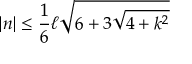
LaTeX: \left| n \right| \leq \frac { 1 } { 6 } \ell \sqrt { 6 + 3 \sqrt { 4 + k ^ { 2 } } }